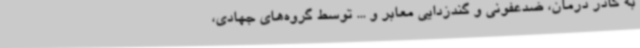
به کادر درمان، ضدعفونی و گندزدایی معابر و ... توسط گروه‌های جهادی،